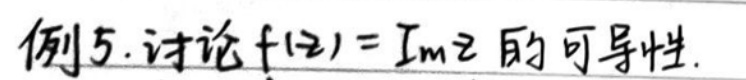
例 5. 讨论$f(z)=Imz$的可导性.